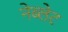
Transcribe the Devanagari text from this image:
नेब्लेट